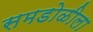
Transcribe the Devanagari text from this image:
समडोळीला